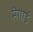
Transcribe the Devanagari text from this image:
मैगार्ड